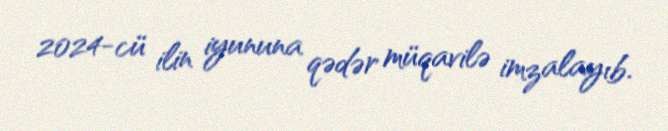
2024-cü ilin iyununa qədər müqavilə imzalayıb.